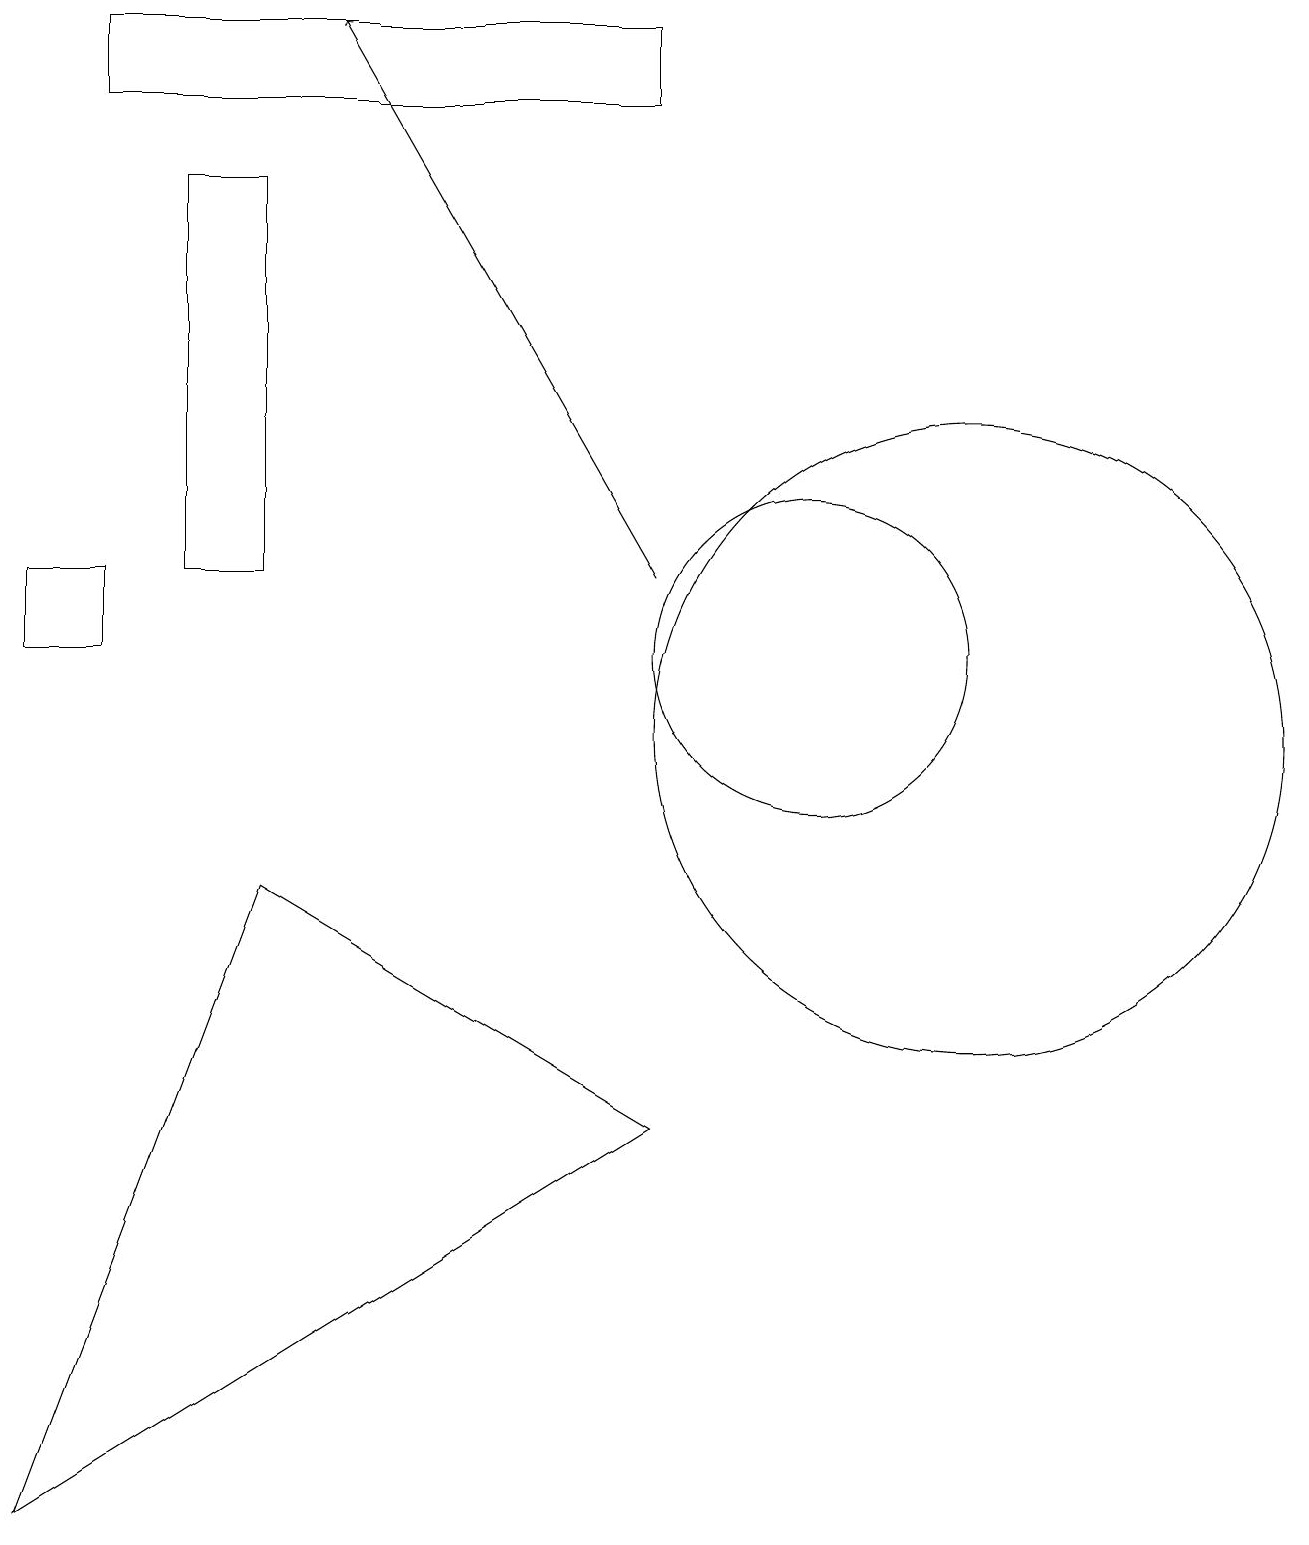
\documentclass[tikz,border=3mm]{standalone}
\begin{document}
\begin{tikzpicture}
\draw (3,8) -- (8,5) -- (0,0) -- cycle;
\draw (2,12) rectangle (3,17);
\draw[->] (8,12) -- (4,19);
\draw (12,10) circle (4);
\draw (0,11) rectangle (1,12);
\draw (10,11) circle (2);
\draw (1,18) rectangle (8,19);
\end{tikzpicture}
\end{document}